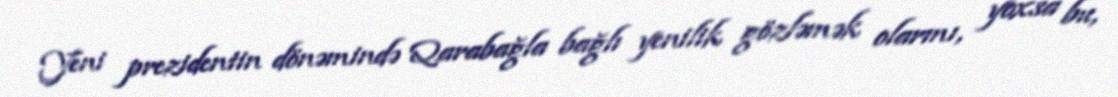
Yeni prezidentin dönəmində Qarabağla bağlı yenilik gözləmək olarmı, yoxsa bu,